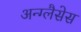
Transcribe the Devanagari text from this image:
अन्ग्लैसेस